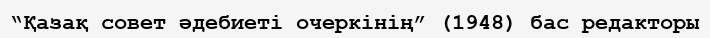
“Қазақ совет әдебиеті очеркінің” (1948) бас редакторы